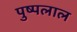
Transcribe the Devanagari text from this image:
पुष्पलाल